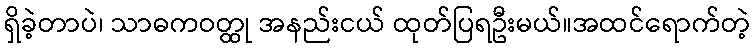
ရှိခဲ့တာပဲ၊ သာဓကဝတ္ထု အနည်းငယ် ထုတ်ပြရဦးမယ်။အထင်ရောက်တဲ့